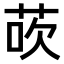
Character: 𫈀